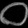
Digit: ၀